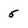
Character: 5